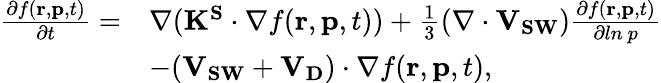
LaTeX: \begin{array}{rl}{\frac{\partial f(\mathbf{r},\mathbf{p},t)}{\partial t}=}&{\nabla(\mathbf{K^{S}}\cdot\nabla f(\mathbf{r},\mathbf{p},t))+\frac{1}{3}(\nabla\cdot\mathbf{V_{SW}})\frac{\partial f(\mathbf{r},\mathbf{p},t)}{\partial ln~p}}\\ &{-(\mathbf{V_{SW}}+\mathbf{V_{D}})\cdot\nabla f(\mathbf{r},\mathbf{p},t),}\end{array}